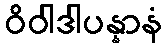
ဝိဝါဒါပန္နာနံ